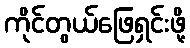
ကိုင်တွယ်ဖြေရှင်းဖို့